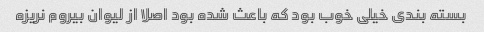
بسته بندی خیلی خوب بود که باعث شده بود اصلا از لیوان بیروم نریزه